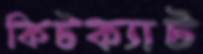
কিটক্যাট